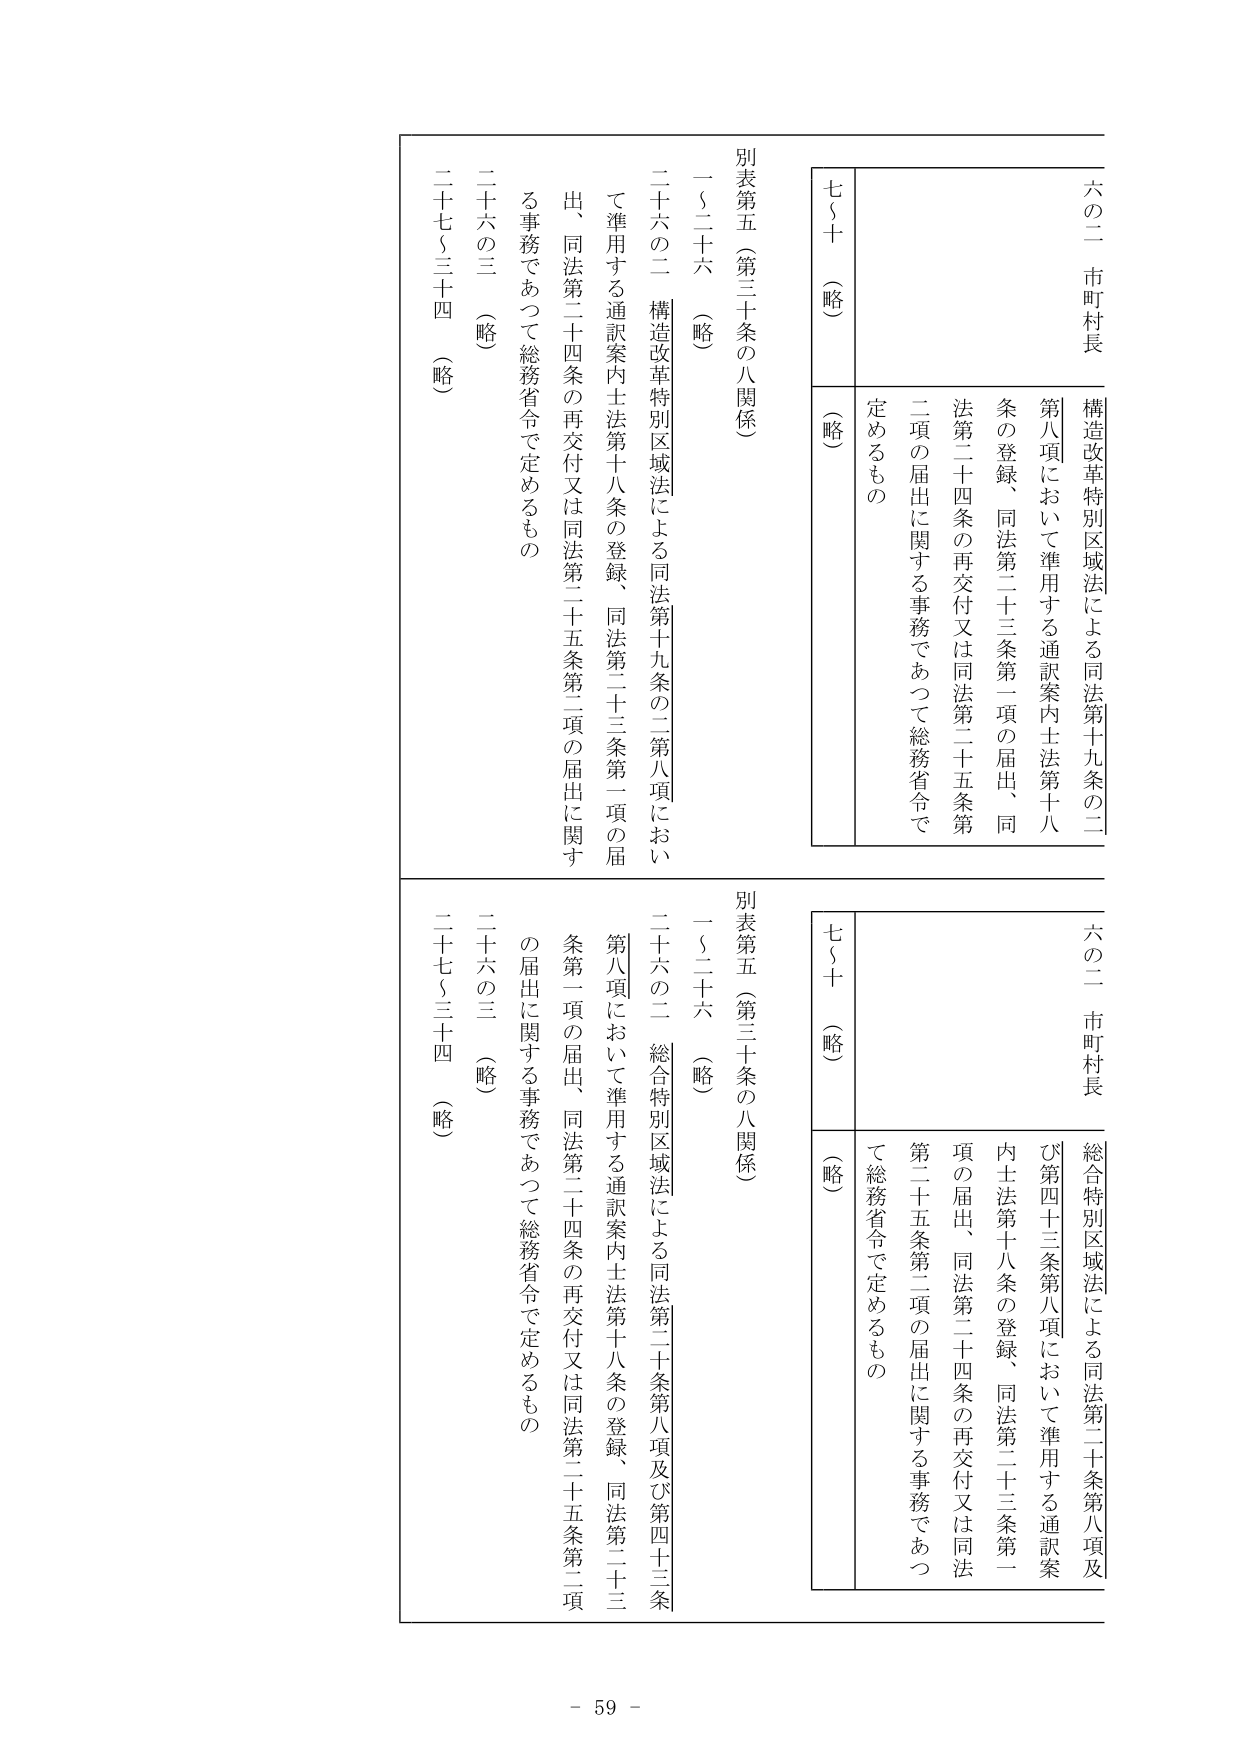
六の二 市町村長
構造改革特別区域法による同法第十九条の二
第八項において準用する通訳案内士法第十八条の登録、同法第二十三条第一項の届出、同
法第二十四条の再交付又は同法第二十五条第二項の届出に関する事務であつて総務省令で
定めるもの

七～十（略）
（略）

別表第五（第三十条の八関係）
一～二十六（略）
二十六の二 構造改革特別区域法による同法第十九条の二第八項において準用する通訳案内士法第十八条の登録、同法第二十三条第一項の届出、同法第二十四条の再交付又は同法第二十五条第二項の届出に関する事務であつて総務省令で定めるもの
二十六の三（略）
二十七～三十四（略）

六の二 市町村長
総合特別区域法による同法第二十条第八項及び第四十三条第八項において準用する通訳案内士法第十八条の登録、同法第二十三条第一項の届出、同法第二十四条の再交付又は同法第二十五条第二項の届出に関する事務であつて総務省令で定めるもの

七～十（略）
（略）

別表第五（第三十条の八関係）
一～二十六（略）
二十六の二 総合特別区域法による同法第二十条第八項及び第四十三条第八項において準用する通訳案内士法第十八条の登録、同法第二十三条第一項の届出、同法第二十四条の再交付又は同法第二十五条第二項の届出に関する事務であつて総務省令で定めるもの
二十六の三（略）
二十七～三十四（略）

- 59 -